Rangoon Lunatic Asylum 1878-1892 - 1878-1892
Year: 1878
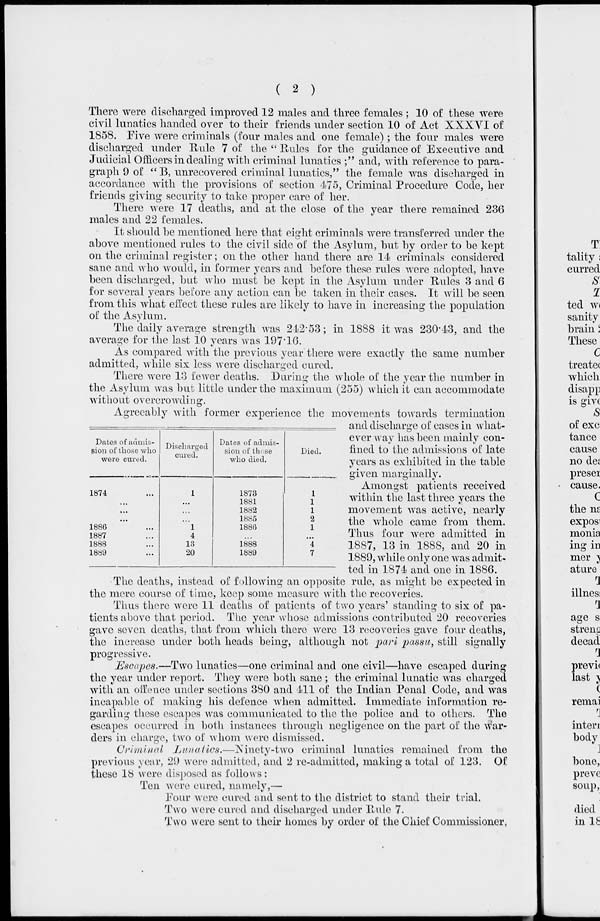
( 2 )
There were discharged improved 12 males and three females ; 10 of these were
civil lunatics handed over to their friends under section 10 of Act XXXVI of
1858. Five were criminals (four males and one female); the four males were
discharged under Rule 7 of the " Rules for the guidance of Executive and
Judicial Officers in dealing with criminal lunatics ;" and, with reference to para-
graph 9 of " B, unrecovered criminal lunatics,'' the female was discharged in
accordance with the provisions of section 475, Criminal Procedure Code, her
friends giving security to take proper care of her.
There were 17 deaths, and at the close of the year there remained 236
males and 22 females.
It should be mentioned here that eight criminals were transferred under the
above mentioned rules to the civil side of the Asylum, but by order to be kept
on the criminal register; on the other hand there are 14 criminals considered
sane and who would, in former years and before these rules were adopted, have
been discharged, but who must be kept in the Asylum under Rules 3 and 6
for several years before any action can be taken in their cases. It will be seen
from this what effect these rules are likely to have in increasing the population
of the Asylum.
The daily average strength was 242.53; in 1888 it was 230.43, and the
average for the last 10 years was 197.16.
As compared with the previous year there were exactly the same number
admitted, while six less were discharged cured.
There were 13 fewer deaths. During the whole of the year the number in
the Asylum was but little under the maximum (255) which it can accommodate
without overcrowding.
Dates of admis-
sion of those who
were cured.
1874 ...
...
...
...
1886 ...
1887 ...
1888 ...
1889 ...
Discharged
cured.
1
...
...
...
1
4
13
20
Dates of admis-
sion of those
who died.
1873
1881
1882
1885
1886
...
1888
1889
Died.
1
1
1
2
1
...
4
7
Agreeably with former experience the movements towards termination
and discharge of cases in what-
ever way has been mainly con-
fined to the admissions of late
years as exhibited in the table
given marginally.
Amongst patients received
within the last three years the
movement was active, nearly
the whole came from them.
Thus four were admitted in
1887, 13 in 1888, and 20 in
1889, while only one was admit-
ted in 1874 and one in 1886.
The deaths, instead of following an opposite rule, as might be expected in
the mere course of time, keep some measure with the recoveries.
Thus there were 11 deaths of patients of two years' standing to six of pa-
tients above that period. The year whose admissions contributed 20 recoveries
gave seven deaths, that from which there were 13 recoveries gave four deaths,
the increase under both heads being, although not pari passu, still signally
progressive.
Escapes.—Two lunatics—one criminal and one civil—have escaped during
the year under report. They were both sane ; the criminal lunatic was charged
with an offence under sections 380 and 411 of the Indian Penal Code, and was
incapable of making his defence when admitted. Immediate information re-
garding these escapes was communicated to the the police and to others. The
escapes occurred in both instances through negligence on the part of the war-
ders in charge, two of whom were dismissed.
Criminal Lunatics.—Ninety-two
criminal lunatics remained from the
previous year, 29 were admitted, and 2 re-admitted, making a total of 123. Of
these 18 were disposed as follows :
Ten were cured, namely,—
Four were cured and sent to the district to stand their trial.
Two were cured and discharged under Rule 7.
Two were sent to their homes by order of the Chief Commissioner,